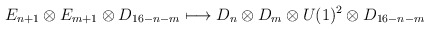
\begin{align*}E_{n+1} \otimes E_{m+1} \otimes D_{16-n-m} \longmapsto D_n \otimes D_m \otimes U(1)^2 \otimes D_{16-n-m}\end{align*}